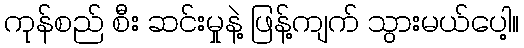
ကုန်စည် စီး ဆင်းမှုနဲ့ ဖြန့်ကျက် သွားမယ်ပေါ့။